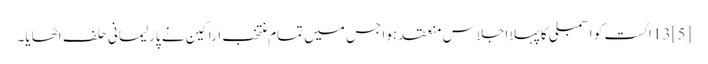
[5] 13 اگست کو اسمبلی کا پہلا اجلاس منعقد ہوا جس میں تمام منتخب اراکین نے پارلیمانی حلف اٹھایا۔